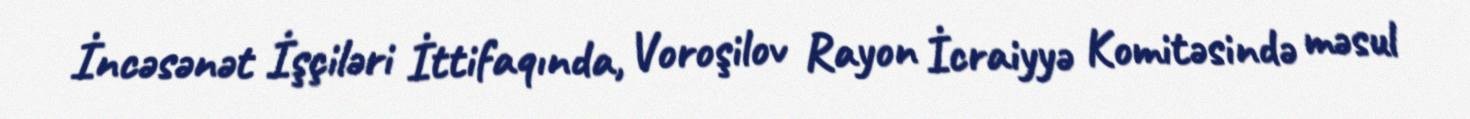
İncəsənət İşçiləri İttifaqında, Voroşilov Rayon İcraiyyə Komitəsində məsul